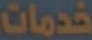
خدمات